Calcutta medical institutions reports 1871-78
Year: 1871
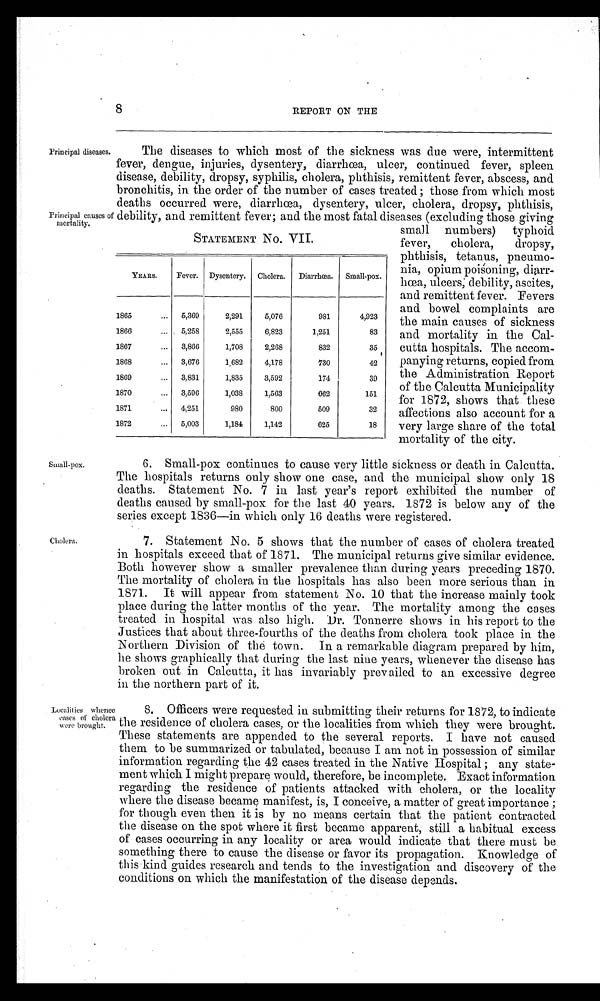
8
REPORT ON THE
Principal diseases.
Principal causes of
mortality.
The diseases to which most of the sickness was due were, intermittent
fever, dengue, injuries, dysentery, diarrhœa, ulcer, continued fever, spleen
disease, debility, dropsy, syphilis, cholera, phthisis, remittent fever, abscess, and
bronchitis, in the order of the number of cases treated; those from which most
deaths occurred were, diarrhœa, dysentery, ulcer, cholera, dropsy, phthisis,
debility, and remittent fever; and the most fatal diseases (excluding those giving
small numbers) typhoid
fever, cholera, dropsy,
phthisis, tetanus, pneumo-
nia, opium poisoning,
d i a r r - h œ a , u l c e r s , d e b i l i t y , a s c i t e s ,
and remittent fever. Fevers
and bowel complaints are
the main causes of sickness
and mortality in the Cal-
cutta hospitals. The accom-
panying returns, copied from
the Administration Report
of the Calcutta Municipality
for 1872, shows that these
affections also account for a
very large share of the total
mortality of the city.
STATEMENT NO. VII.
YEARS.
Fever.
Dysentery.
Cholera.
Diarrhœa.
Small-pox.
1865
5,369
2,291
5,076
981
4,923
1866
5,258
2,555
6,823
1,251
83
1867
3,866
1,708
2,268
832
35
1868
3,676
1,682
4,178
730
42
1869
3,831
1,835
3,592
174
39
1870
3,596
1,038
1,563 662
151
1871
4,251
980
800
509
32
1872
5,003
1,184
1,142
625
18
small-pox.
6. Small-pox continues to cause very little sickness or death in Calcutta.
The hospitals returns only show one case, and the municipal show only 18
deaths. Statement No. 7 in last year's report exhibited the number of
deaths caused by small-pox for the last 40 years. 1872 is below any of the
series except 1836—in which only 16 deaths were registered.
Cholera.
Localities whence
cases of cholera
were brought.
7. Statement No. 5 shows that the number of cases of cholera treated
in hospitals exceed that of 1871. The municipal returns give similar evidence.
Both however show a smaller prevalence than during years preceding 1870.
The mortality of cholera in the hospitals has also been more serious than in
1871. It will appear from statement No. 10 that the increase mainly took
place during the latter months of the year. The mortality among the cases
treated in hospital was also high. Dr. Tonnerre shows in his report to the
Justices that about three-fourths of the deaths from cholera took place in the
Northern Division of the town. In a remarkable diagram prepared by him,
he shows graphically that during the last nine years, whenever the disease has
broken out in Calcutta, it has invariably prevailed to an excessive degree
in the northern part of it.
8. Officers were requested in submitting their returns for 1872, to indicate
the residence of cholera cases, or the localities from which they were brought.
These statements are appended to the several reports. I have not caused
them to be summarized or tabulated, because I am not in possession of similar
information regarding the 42 cases treated in the Native Hospital; any state-
ment which I might prepare would, therefore, be incomplete. Exact information.
regarding the residence of patients attacked with cholera, or the locality
where the disease became manifest, is, I conceive, a matter of great importance;
for though even then it is by no means certain that the patient contracted
the disease on the spot where it first became apparent, still a habitual excess
of cases occurring in any locality or area would indicate that there must be
something there to cause the disease or favor its propagation. Knowledge of
this kind guides research and tends to the investigation and discovery of the
conditions on which the manifestation of the disease depends.